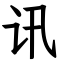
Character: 讯